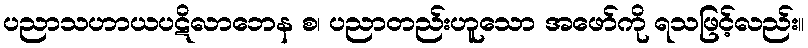
ပညာသဟာယပဋိလာဘေန စ၊ ပညာတည်းဟူသော အဖော်ကို ရသဖြင့်လည်း။